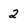
Character: 2